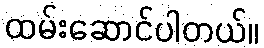
ထမ်းဆောင်ပါတယ်။